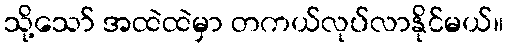
သို့သော် အထဲထဲမှာ တကယ်လုပ်လာနိုင်မယ်။